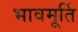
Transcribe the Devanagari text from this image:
भावमूर्ति